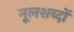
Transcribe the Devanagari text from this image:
मूलशब्दों